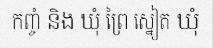
កញ្ចំ និង ឃុំ ព្រៃ ស្នៀត ឃុំ